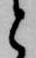
と